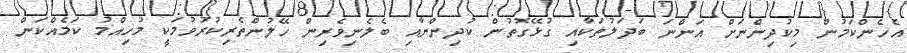
އެހެންކަމުން މިކުދިންނަށް އަންނަ ބަދަލުތަކާއި ގުޅޭގޮތުން ކުދިންނާއި ބެލެނިވެރިން ހޭލުންތެރިކުރުވުމަކީ މުހިއްމު ކަމެއްކަން